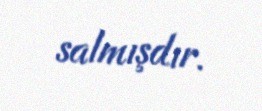
salmışdır.